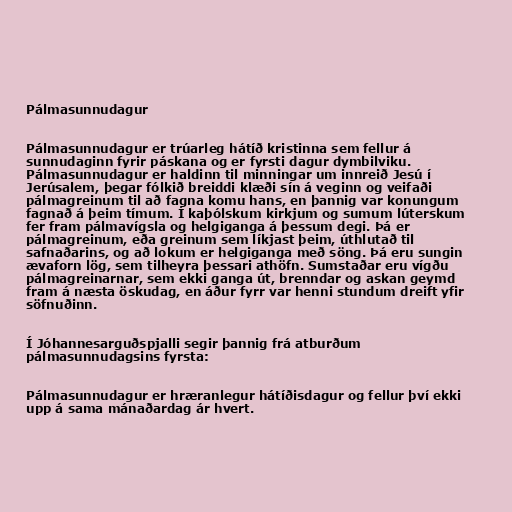
Pálmasunnudagur

Pálmasunnudagur er trúarleg hátíð kristinna sem fellur á
sunnudaginn fyrir páskana og er fyrsti dagur dymbilviku.
Pálmasunnudagur er haldinn til minningar um innreið Jesú í
Jerúsalem, þegar fólkið breiddi klæði sín á veginn og veifaði
pálmagreinum til að fagna komu hans, en þannig var konungum
fagnað á þeim tímum. Í kaþólskum kirkjum og sumum lúterskum
fer fram pálmavígsla og helgiganga á þessum degi. Þá er
pálmagreinum, eða greinum sem líkjast þeim, úthlutað til
safnaðarins, og að lokum er helgiganga með söng. Þá eru sungin
ævaforn lög, sem tilheyra þessari athöfn. Sumstaðar eru vígðu
pálmagreinarnar, sem ekki ganga út, brenndar og askan geymd
fram á næsta öskudag, en áður fyrr var henni stundum dreift yfir
söfnuðinn.

Í Jóhannesarguðspjalli segir þannig frá atburðum
pálmasunnudagsins fyrsta:

Pálmasunnudagur er hræranlegur hátíðisdagur og fellur því ekki
upp á sama mánaðardag ár hvert.